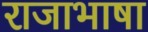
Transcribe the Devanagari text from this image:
राजाभाषा